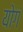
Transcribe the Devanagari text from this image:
योगं